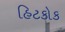
હિટકોક